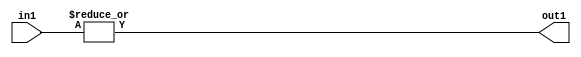
`timescale 1ps / 1ps
/*****************************************************************************
    Verilog RTL Description
    
    
    Created by: Stratus DpOpt 2019.1.01 
*******************************************************************************/

module DC_Filter_OrReduction_2U_1U_4 (
	in1,
	out1
	); /* architecture "behavioural" */ 
input [1:0] in1;
output  out1;
wire  asc001;

assign asc001 = 
	(|in1);

assign out1 = asc001;
endmodule

/* CADENCE  urXyTAo= : u9/ySgnWtBlWxVPRXgAZ4Og= ** DO NOT EDIT THIS LINE ******/